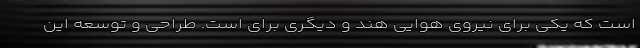
است که یکی برای نیروی هوایی هند و دیگری برای است. طراحی و توسعه این